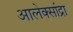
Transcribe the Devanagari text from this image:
आलेक्सांद्रा